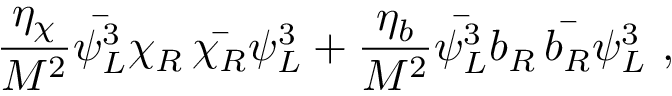
\frac { \eta _ { \chi } } { M ^ { 2 } } \bar { \psi _ { L } ^ { 3 } } \chi _ { R } \, \bar { \chi _ { R } } \psi _ { L } ^ { 3 } + \frac { \eta _ { b } } { M ^ { 2 } } \bar { \psi _ { L } ^ { 3 } } b _ { R } \, \bar { b _ { R } } \psi _ { L } ^ { 3 } ~ ,